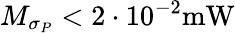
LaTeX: M_{\sigma_{P}}<2\cdot 10^{-2}\mathrm{mW}